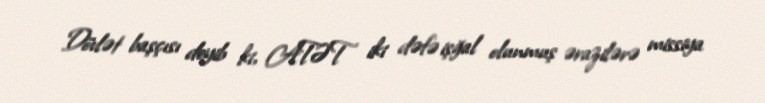
Dövlət başçısı deyib ki, ATƏT iki dəfə işğal olunmuş ərazilərə missiya